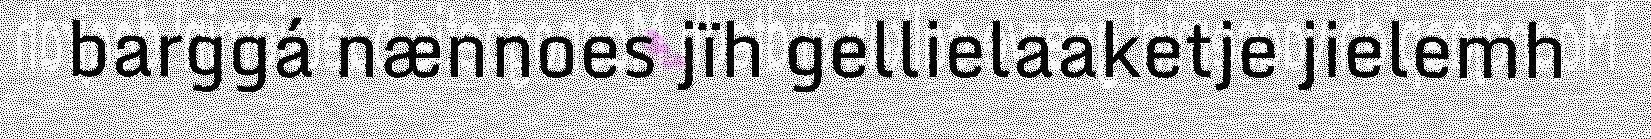
barggá nænnoes jïh gellielaaketje jielemh